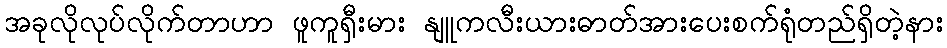
အခုလိုလုပ်လိုက်တာဟာ ဖူကူရှီးမား နျူကလီးယားဓာတ်အားပေးစက်ရုံတည်ရှိတဲ့နား